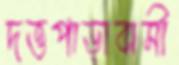
দত্তপাড়াবাসী